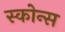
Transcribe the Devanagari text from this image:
स्कोन्स